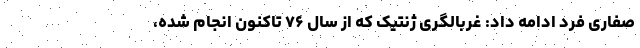
صفاری فرد ادامه داد: غربالگری ژنتیک که از سال ۷۶ تاکنون انجام شده،